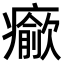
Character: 𤻍